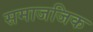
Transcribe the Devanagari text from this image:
समाजजिक